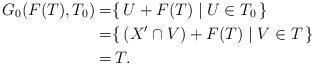
LaTeX: \begin{align*}G_0(F(T),T_0) =&\{\,U + F(T) \mid U \in T_0 \,\}\\ =&\{\,(X' \cap V) + F(T) \mid V \in T \,\}\\ =&\,T.\end{align*}